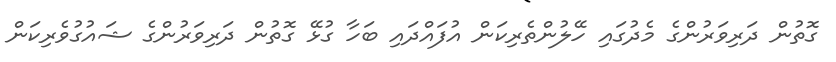
ގޮތުން ދަރިވަރުންގެ މެދުގައި ހޭލުންތެރިކަން އުފައްދައި ބަހާ ގުޅޭ ގޮތުން ދަރިވަރުންގެ ޝައުގުވެރިކަން